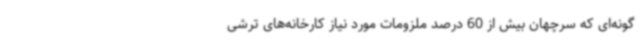
گونه‌ای که سرچهان بیش از 60 درصد ملزومات مورد نیاز کارخانه‌های ترشی